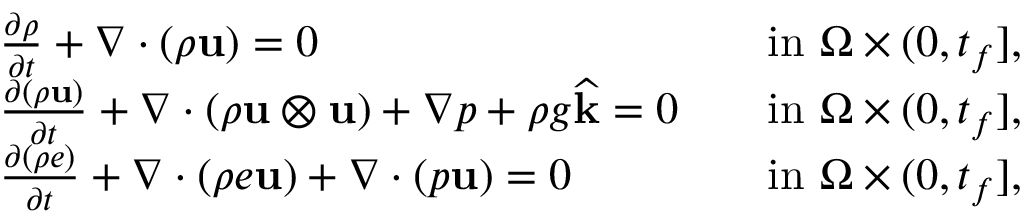
\begin{array} { r l r l } & { \frac { \partial \rho } { \partial t } + \nabla \cdot ( \rho \mathbf u ) = 0 } & & { \mathrm { i n } \, \, \Omega \times ( 0 , t _ { f } ] , } \\ & { \frac { \partial ( \rho \mathbf u ) } { \partial t } + \nabla \cdot ( \rho \mathbf u \otimes \mathbf u ) + \nabla p + \rho g \widehat { \mathbf k } = \boldsymbol { 0 } } & & { \mathrm { i n } \, \, \Omega \times ( 0 , t _ { f } ] , } \\ & { \frac { \partial ( \rho e ) } { \partial t } + \nabla \cdot ( \rho e \mathbf u ) + \nabla \cdot ( p \mathbf u ) = 0 } & & { \mathrm { i n } \, \, \Omega \times ( 0 , t _ { f } ] , } \end{array}